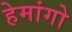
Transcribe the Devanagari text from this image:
हेमांगो